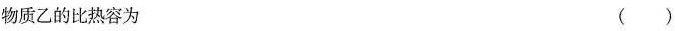
物质乙的比热容为 ( )